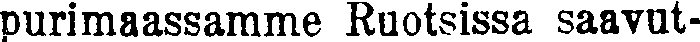
purimaassamme Ruotsissa saavut-